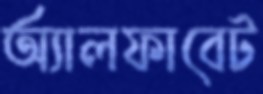
অ্যালফাবেট